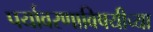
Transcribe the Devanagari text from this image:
पर्यावरणाविषयीच्या